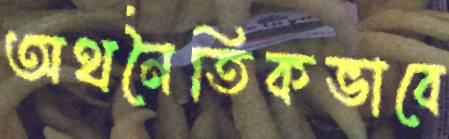
অথনৈতিকভাবে